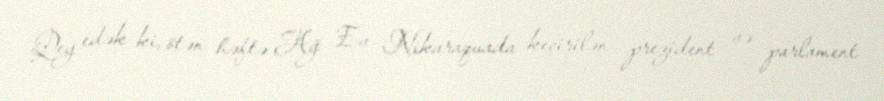
Qey edək ki, ötən həftə Ağ Ev Nikaraquada keçirilən prezident və parlament